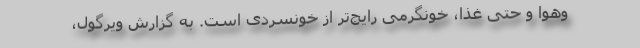
‌و‌هوا و حتی غذا، خونگرمی رایج‌تر از خونسردی است. به گزارش ویرگول،